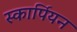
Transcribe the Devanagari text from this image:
स्कार्पियन